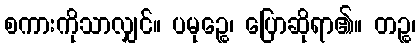
စကားကိုသာလျှင်။ ပမုဉ္စေ၊ ပြောဆိုရာ၏။ တဉ္စ၊